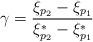
LaTeX: \begin{align*}\gamma = \dfrac{\xi_{p_{2}} - \xi_{p_{1}}}{\xi_{p_{2}}^{*} - \xi_{p_{1}}^{*}}\end{align*}